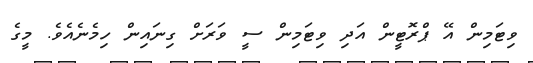
ވިޓަމިން އޭ ޕްރޮޓީން އަދި ވިޓަމިން ސީ ވަރަށް ގިނައިން ހިމެނެއެވެ. މީގެ